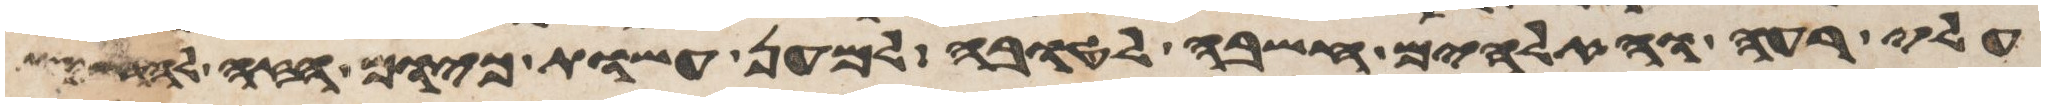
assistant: עלי רעה והאלהים חשבה לטובה למען עשות כיום הזה